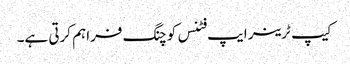
کیپ ٹرینر ایپ فٹنس کوچنگ فراہم کرتی ہے۔